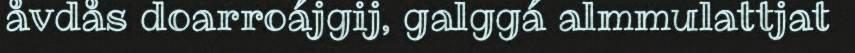
åvdås doarroájgij, galggá almmulattjat